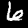
Label: 6